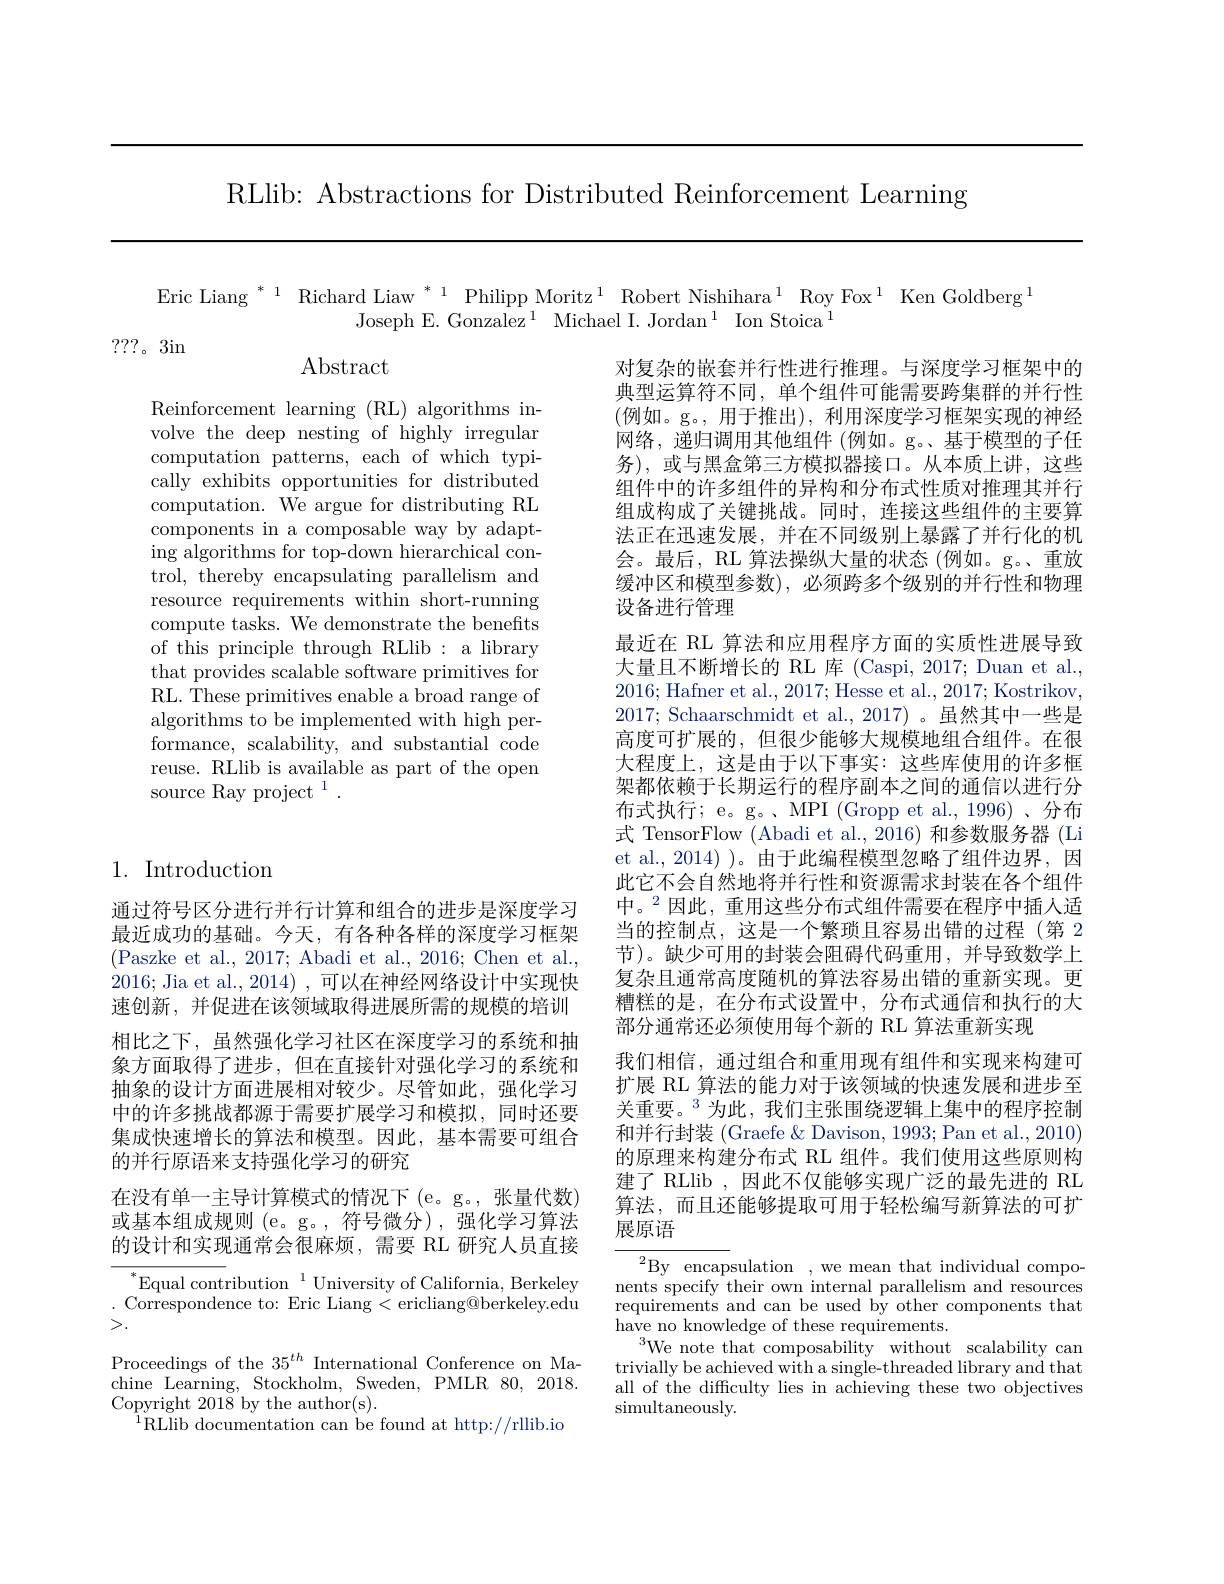
RLlib: Abstractions for Distributed Reinforcement Learning

Eric Liang $^{*\:1}$ Richard Liaw $^{*\:1}$ Philipp Moritz$^1$ Robert Nishihara$^{1}$ Roy Fox$^{1}$ Ken Goldberg$^{1}$
Joseph E. Gonzalez$^1$ Michael I. Jordan$^1$ Ion Stoica$^1$

???。3in

Abstract

Reinforcement learning (RL) algorithms involve the deep nesting of highly irregular computation patterns, each of which typically exhibits opportunities for distributed computation. We argue for distributing RL components in a composable way by adapting algorithms for top-down hierarchical control, thereby encapsulating parallelism and resource requirements within short-running compute tasks. We demonstrate the benefits of this principle through RLlib : a library that provides scalable software primitives for RL. These primitives enable a broad range of algorithms to be implemented with high performance, scalability, and substantial code reuse. RLlib is available as part of the open source Ray project $^1.$

对复杂的嵌套并行性进行推理。与深度学习框架中的典型运算符不同，单个组件可能需要跨集群的并行性(例如。g。,用于推出),利用深度学习框架实现的神经网络，递归调用其他组件(例如。g。基于模型的子任务),或与黑盒第三方模拟器接口。从本质上讲，这些组件中的许多组件的异构和分布式性质对推理其并行组成构成了关键挑战。同时，连接这些组件的主要算法正在迅速发展，并在不同级别上暴露了并行化的机会。最后，RL 算法操纵大量的状态 (例如。g。、重放缓冲区和模型参数),必须跨多个级别的并行性和物理设备进行管理
最近在 RL 算法和应用程序方面的实质性进展导致大量且不断增长的 RL 库 (Caspi, 2017; Duan et al. 2016; Hafner et al., 2017; Hesse et al., 2017; Kostrikov, 2017; Schaarschmidt et al., 2017)。虽然其中一些是高度可扩展的，但很少能够大规模地组合组件。在很大程度上，这是由于以下事实：这些库使用的许多框架都依赖于长期运行的程序副本之间的通信以进行分布式执行；e。g。、MPI (Gropp et al., 1996)、分布式 TensorFlow (Abadi et al., 2016) 和参数服务器 (Li et al., 2014) )。由于此编程模型忽略了组件边界，因此它不会自然地将并行性和资源需求封装在各个组件中。$^{2}$因此，重用这些分布式组件需要在程序中插人适当的控制点，这是一个繁琐且容易出错的过程(第 2节)。缺少可用的封装会阻碍代码重用，并导致数学上复杂且通常高度随机的算法容易出错的重新实现。更糟糕的是，在分布式设置中，分布式通信和执行的大部分通常还必须使用每个新的 RL 算法重新实现
我们相信，通过组合和重用现有组件和实现来构建可扩展 RL 算法的能力对于该领域的快速发展和进步至关重要。$^{3}$为此，我们主张围绕逻辑上集中的程序控制和并行封装 (Graefe & Davison, 1993; Pan et al., 2010) 的原理来构建分布式 RL 组件。我们使用这些原则构建了 RLlib ,因此不仅能够实现广泛的最先进的 RL 算法，而且还能够提取可用于轻松编写新算法的可扩展原语
${\overline{{^2}\text{By encap}}}$sulation ,we mean that individual compo-

## 1. Introduction

通过符号区分进行并行计算和组合的进步是深度学习最近成功的基础。今天，有各种各样的深度学习框架(Paszke et al., 2017; Abadi et al., 2016; Chen et al., 2016; Jia et al., 2014) , 可以在神经网络设计中实现快速创新，并促进在该领域取得进展所需的规模的培训相比之下，虽然强化学习社区在深度学习的系统和抽象方面取得了进步，但在直接针对强化学习的系统和抽象的设计方面进展相对较少。尽管如此，强化学习中的许多挑战都源于需要扩展学习和模拟，同时还要集成快速增长的算法和模型。因此，基本需要可组合的并行原语来支持强化学习的研究
在没有单一主导计算模式的情况下 (e。g。,张量代数) 或基本组成规则 (e。g。,符号微分),强化学习算法的设计和实现通常会很麻烦，需要 RL 研究人员直接
$^{*}$Equal contribution$^{1}$University of California, Berkeley . Correspondence to: Eric Liang<ericliang@berkeley.edu

>.

nents specify their own internal parallelism and resources requirements and can be used by other components that $\bar{\text{have no knowledge of these requirements.}}$
$^{3}$We note that composability without scalability can trivially be achieved with a single-threaded library and that all of the difficulty lies in achieving these two objectives simultaneously.

Proceedings of the $35^{th}$ International Conference on Ma-

chine Learning, Stockholm, Sweden, PMLR 80, 2018.

Copyright 2018 by the author(s).

$^{1}$RLlib documentation can be found at http://rllib.io